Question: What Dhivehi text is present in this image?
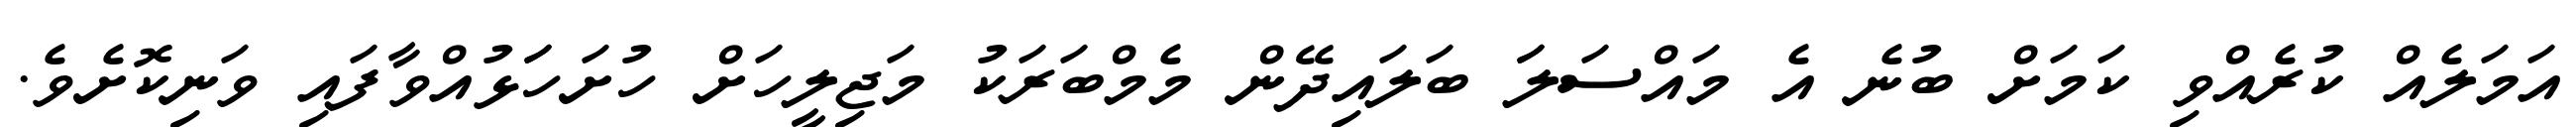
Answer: އަމަލެއް ކުރެއްވި ކަމަށް ބުނެ އެ މައްސަލަަ ބަލައިދޭން މެމްބަރަކު މަޖިލީހަށް ހުށަހަަޅުއްވާފައި ވަނިކޮށެވެ.